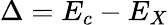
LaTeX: \Delta=E_{c}-E_{X}